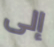
إلى